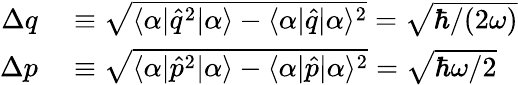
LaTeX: \begin{array}{rl}{\Delta q}&{{}\equiv\sqrt{\langle\alpha|\hat{q}^{2}|\alpha\rangle-\langle\alpha|\hat{q}|\alpha\rangle^{2}}=\sqrt{\hbar/(2\omega)}}\\ {\Delta p}&{{}\equiv\sqrt{\langle\alpha|\hat{p}^{2}|\alpha\rangle-\langle\alpha|\hat{p}|\alpha\rangle^{2}}=\sqrt{\hbar\omega/2}}\end{array}